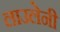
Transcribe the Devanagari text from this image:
लाउलेनी